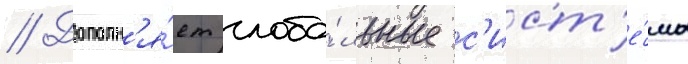
// Дополн'я́ет глоба́льные с'ист'е́мы